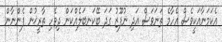
އެކަމަނާއަކީވެސް އެހާމެ ތަނަވަސް އަދި ނުފޫޒު ގަދަ ބޭކަނބަލެއްކަން ދިވެހި ތާރީޚުން ފެންނާން